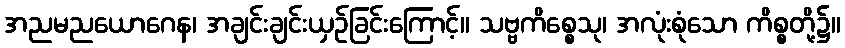
အညမညယောဂေန၊ အချင်းချင်းယှဉ်ခြင်းကြောင့်။ သဗ္ဗကိစ္စေသု၊ အလုံးစုံသော ကိစ္စတို့၌။